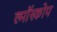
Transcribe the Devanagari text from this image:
ल्मॉस्कोप